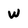
Character: w